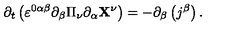
\partial _ { t } \left( \varepsilon ^ { 0 \alpha \beta } \partial _ { \beta } \Pi _ { \nu } \partial _ { \alpha } \mathbf { X } ^ { \nu } \right) = - \partial _ { \beta } \left( j ^ { \beta } \right) .